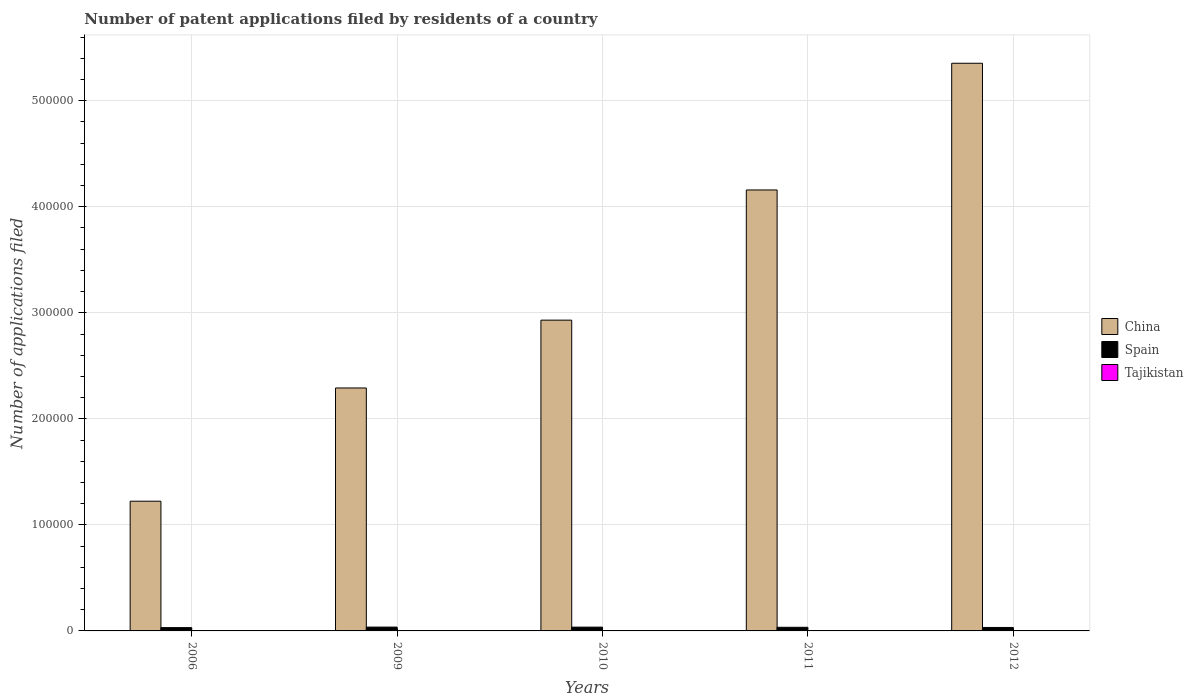
| Years | China | Spain | Tajikistan |
 | --- | --- | --- | --- |
 | 2006 | 1.22e+05 | 3.11e+03 | 26 |
 | 2009 | 2.29e+05 | 3.6e+03 | 11 |
 | 2010 | 2.93e+05 | 3.57e+03 | 7 |
 | 2011 | 4.16e+05 | 3.43e+03 | 4 |
 | 2012 | 5.35e+05 | 3.27e+03 | 3 |